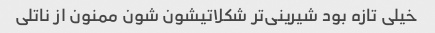
خیلی تازه بود شیرینی‌تر شکلاتیشون شون ممنون از ناتلی